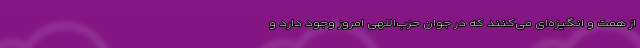
از همت و انگیزه‌ای می‌کنند که در جوان حزب‌اللهی امروز وجود دارد و